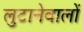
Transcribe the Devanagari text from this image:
लुटानेवालों